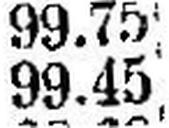
99.45